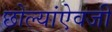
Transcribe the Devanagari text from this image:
छोल्यांऐवजी